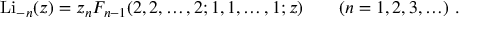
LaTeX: \operatorname { L i } _ { - n } ( z ) = z _ { n } F _ { n - 1 } ( 2 , 2 , \dots , 2 ; 1 , 1 , \dots , 1 ; z ) \qquad ( n = 1 , 2 , 3 , \ldots ) ~ .